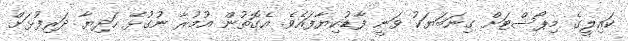
ކައިލީގެ މިޕޯސްޓަށް ގިނަބަޔަކު ވަނީ ފާޑުކިޔާފައެވެ. އެގޮތުން އުމުރާ ނުގުޅޭ ހަދިޔާ ދަރިފުޅަށް